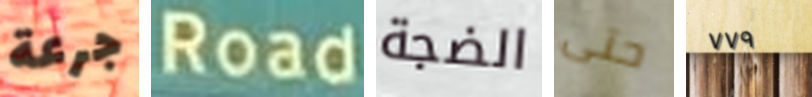
جرعة Road الضجة حتى ٧٧٩